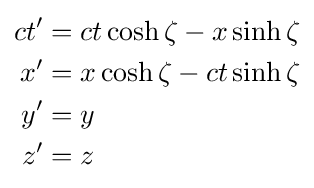
{\begin{aligned}ct'&=ct\cosh \zeta -x\sinh \zeta \\x'&=x\cosh \zeta -ct\sinh \zeta \\y'&=y\\z'&=z\end{aligned}}